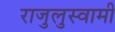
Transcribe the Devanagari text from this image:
राजुलुस्वामी